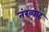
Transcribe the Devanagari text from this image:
तंख्वाह